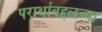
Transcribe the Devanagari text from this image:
परार्थाबद्दलच्या